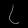
Digit: ၇